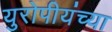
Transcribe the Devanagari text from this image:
युरोपीयंच्या